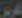
الكرين